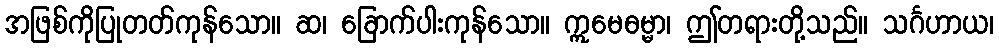
အဖြစ်ကိုပြုတတ်ကုန်သော။ ဆ၊ ခြောက်ပါးကုန်သော။ ဣမေဓမ္မာ၊ ဤတရားတို့သည်။ သင်္ဂဟာယ၊